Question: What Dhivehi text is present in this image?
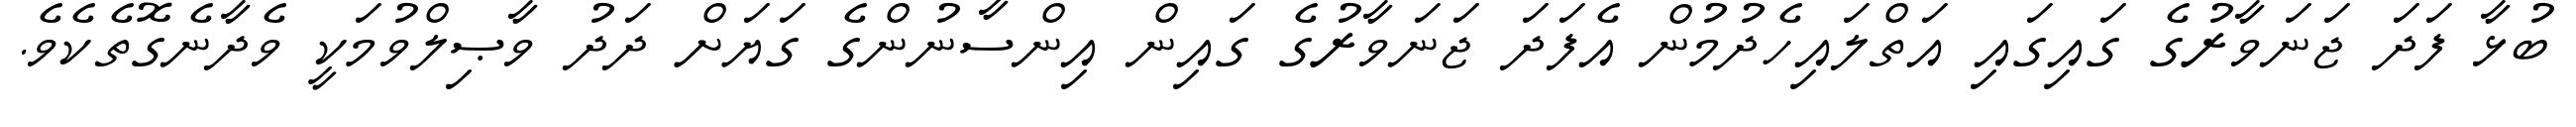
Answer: ބުޅާ ފަދަ ޖަނަވާރުގެ ގައިގައި އަތްލައިހެދުމުން އެފަދަ ޖަނަވާރުގެ ގައިން އިންސާނުންގެ ގަޔަށް ދަދު ވާޞިލްވުމަކީ ވެދާނެގޮތެކެވެ.